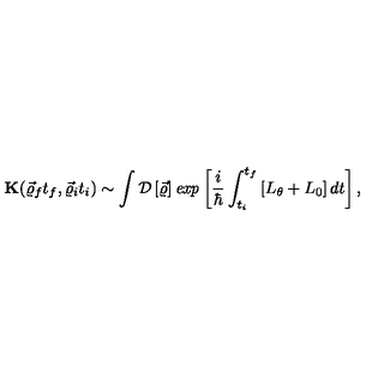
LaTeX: { \bf K } ( \vec { \varrho } _ { f } t _ { f } , \vec { \varrho } _ { i } t _ { i } ) \sim \int { \cal D } \left[ \vec { \varrho } \right] { \it e x p } \left[ \frac { i } { \hbar } \int _ { t _ { i } } ^ { t _ { f } } \left[ L _ { \theta } + L _ { 0 } \right] d t \right] ,